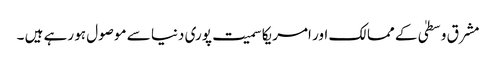
مشرق وسطیٰ کے ممالک اور امریکا سمیت پوری دنیا سے موصول ہو رہے ہیں ۔